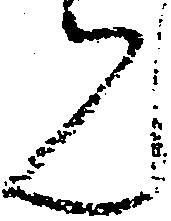
ん